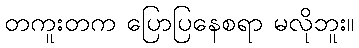
တကူးတက ပြောပြနေစရာ မလိုဘူး။